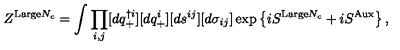
Z ^ { \mathrm { L a r g e } N _ { c } } = \int \prod _ { i , j } [ d q _ { + } ^ { \dag i } ] [ d q _ { + } ^ { i } ] [ d s ^ { i j } ] [ d \sigma _ { i j } ] \exp \left\{ i S ^ { \mathrm { L a r g e } N _ { c } } + i S ^ { \mathrm { A u x } } \right\} ,